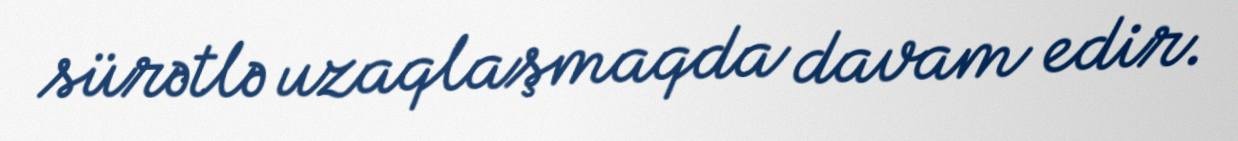
sürətlə uzaqlaşmaqda davam edir.